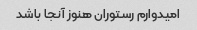
امیدوارم رستوران هنوز آنجا باشد